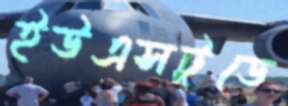
ইউএসটুডে